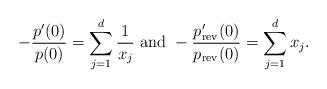
LaTeX: \begin{align*}-\frac{p'(0)}{p(0)}=\sum_{j=1}^d\frac{1}{x_j}~{\rm and}~-\frac{p'_{\rm rev}(0)}{p_{\rm rev}(0)}=\sum_{j=1}^dx_j.\end{align*}